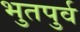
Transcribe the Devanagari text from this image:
भुतपुर्व